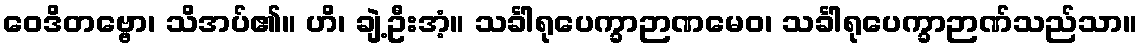
ဝေဒိတဗ္ဗော၊ သိအပ်၏။ ဟိ၊ ချဲ့ဦးအံ့။ သင်္ခါရုပေက္ခာဉာဏမေဝ၊ သင်္ခါရုပေက္ခာဉာဏ်သည်သာ။